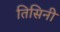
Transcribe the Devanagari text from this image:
तिसिनी